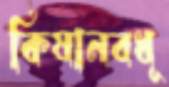
কিষানবধূ